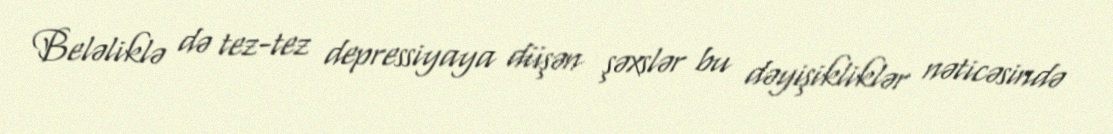
Beləliklə də tez-tez depressiyaya düşən şəxslər bu dəyişikliklər nəticəsində